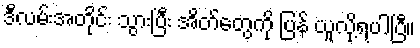
ဒီလမ်းအတိုင်း သွားပြီး အိတ်တွေကို ပြန် ယူလို့ရပါပြီ။